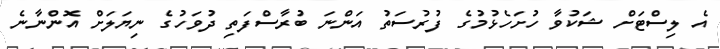
އެ ލިސްޓަށް ޝަކުވާ ހުށަހެޅުމުގެ ފުރުސަތު އަންނަ ބުރާސްފަތި ދުވަހުގެ ނިޔަލަށް އޮންނާނެ